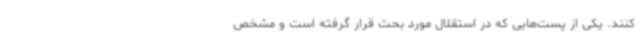
کنند. یکی از پست‌هایی که در استقلال مورد بحث قرار گرفته است و مشخص